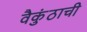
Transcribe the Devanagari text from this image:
वैकुंठाची